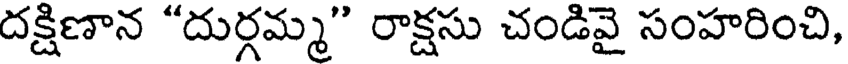
దక్షిణాన "దుర్గమ్మ" రాక్షసు చండివై సంహరించి,